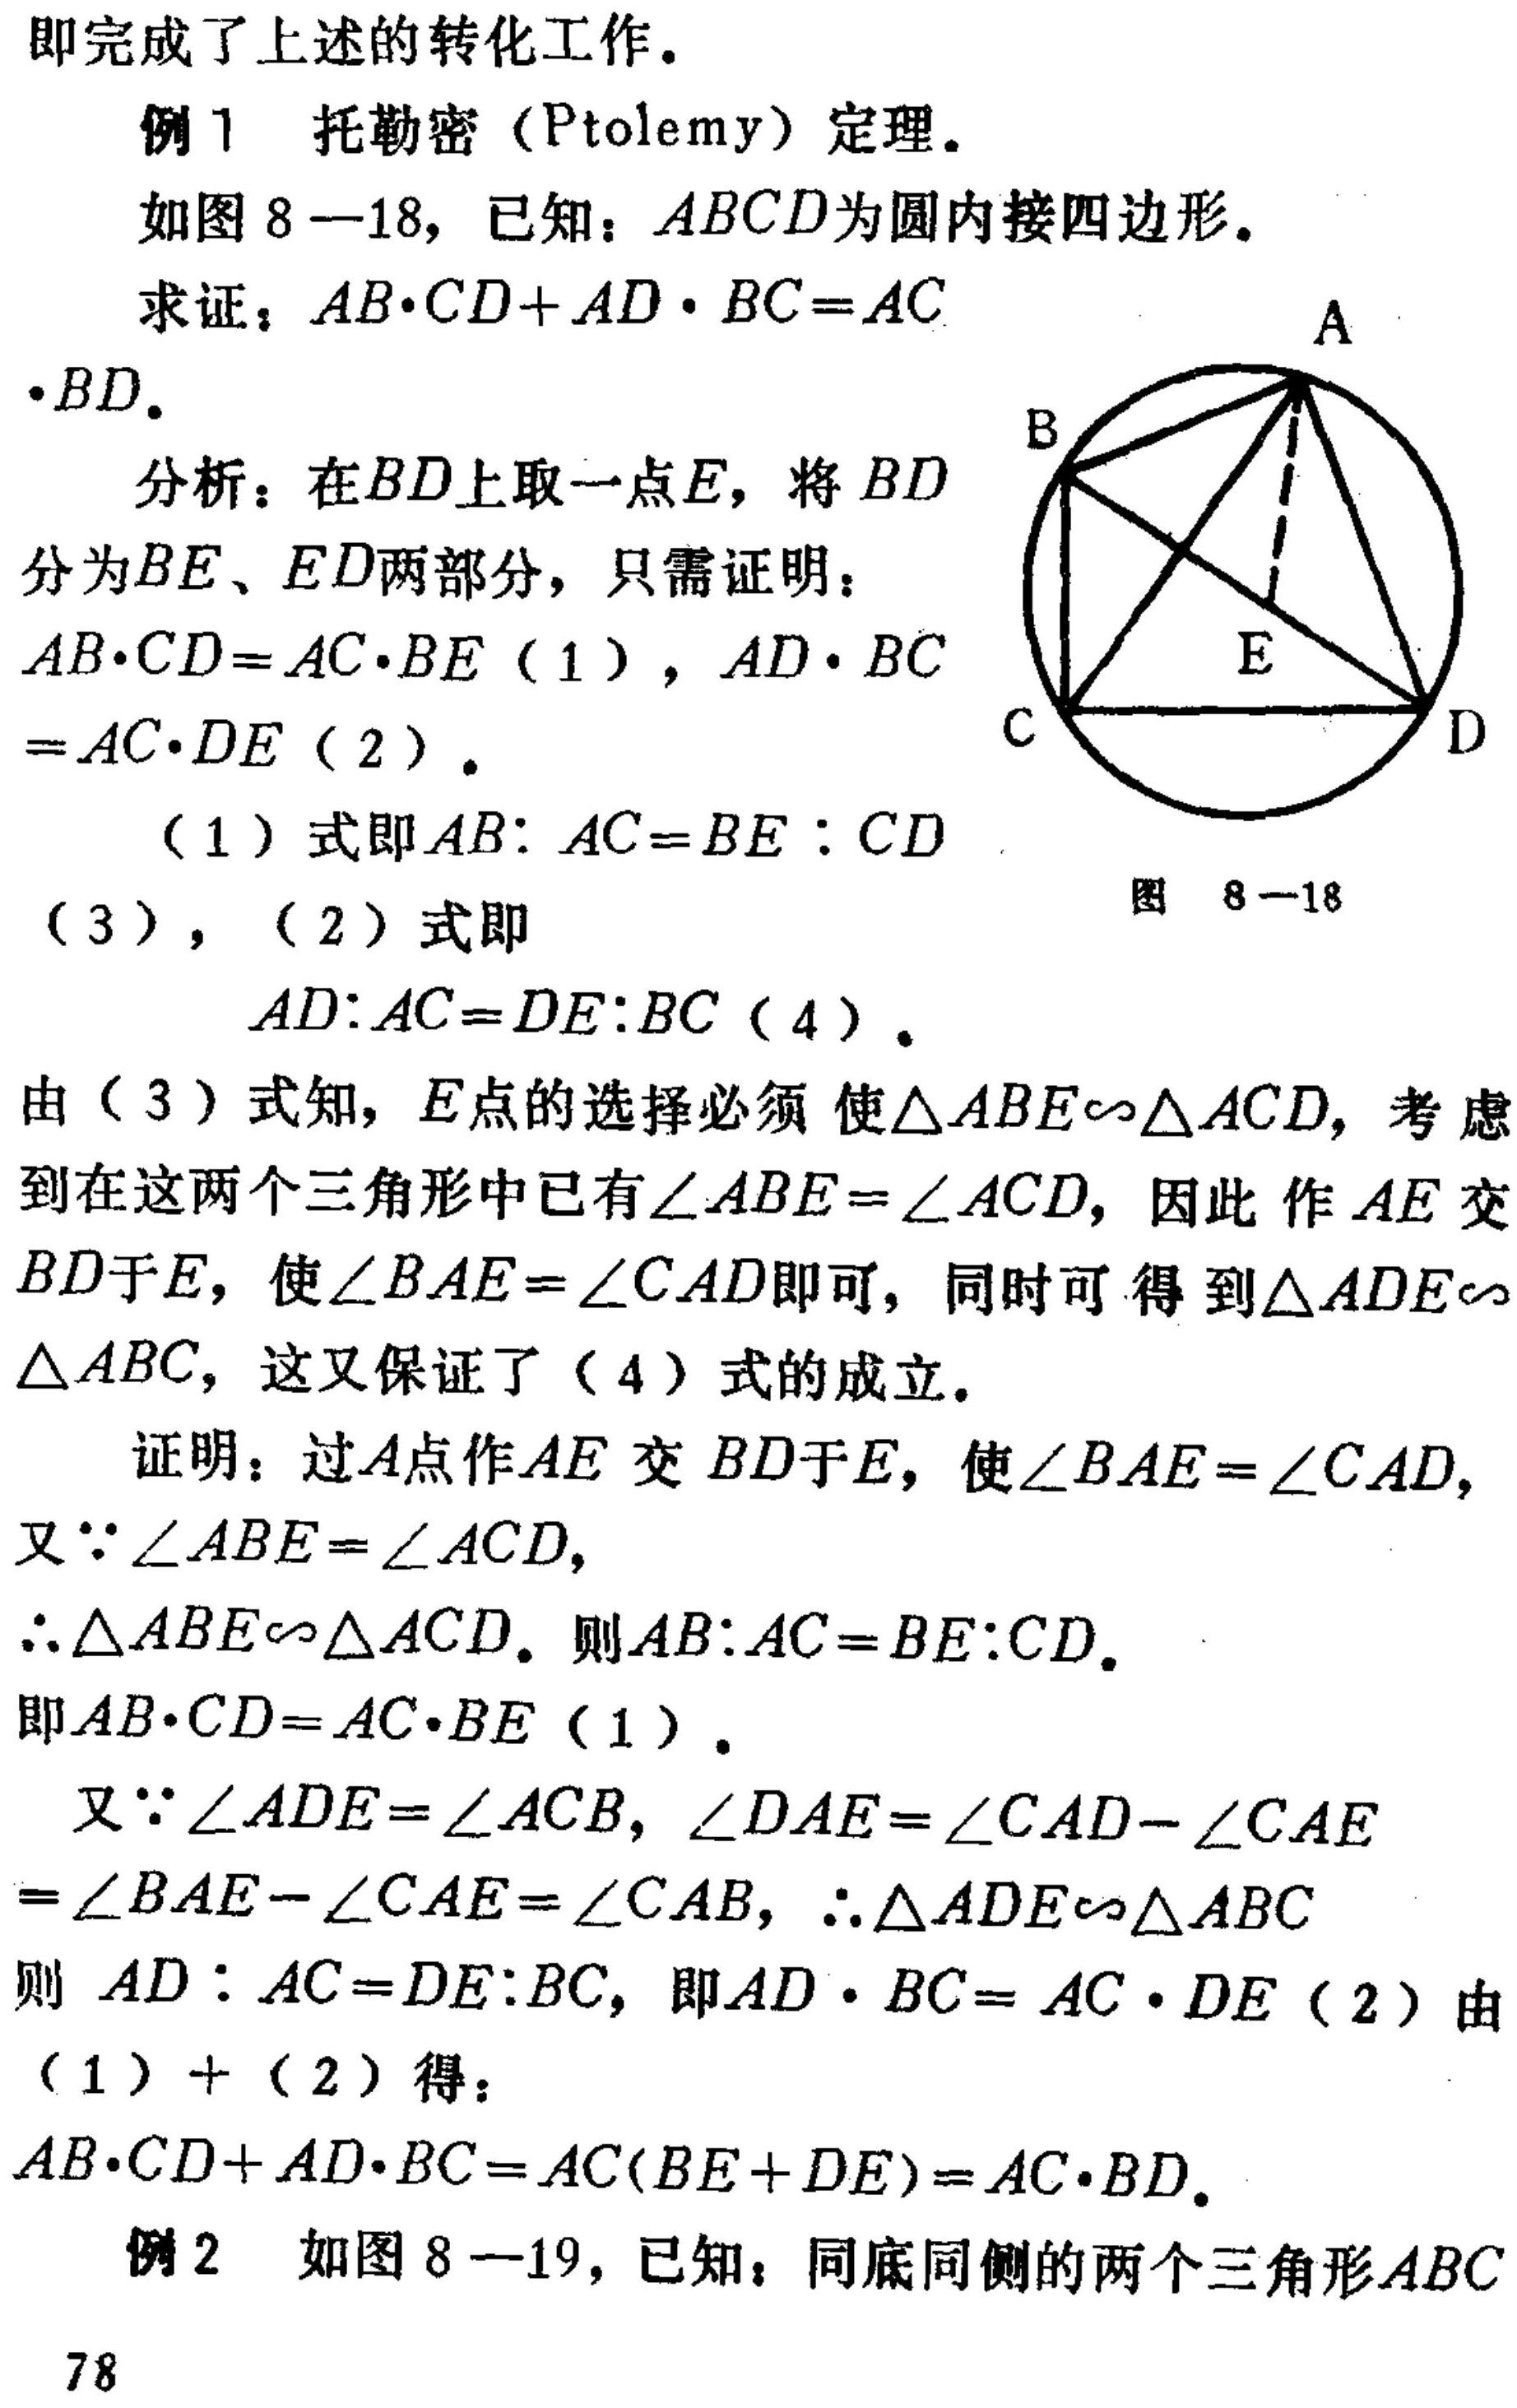
即完成了上述的转化工作。
例1 托勒密（Ptolemy）定理。
如图8—18，已知：\(ABCD\)为圆内接四边形。
求证：\(AB\cdot CD + AD\cdot BC = AC\cdot BD\)。
分析：在\(BD\)上取一点\(E\)，将\(BD\)分为\(BE\)、\(ED\)两部分，只需证明：\(AB\cdot CD = AC\cdot BE\)（1），\(AD\cdot BC = AC\cdot DE\)（2）。
（1）式即\(AB:AC = BE:CD\)（3），（2）式即
\(AD:AC = DE:BC\)（4）。
由（3）式知，\(E\)点的选择必须使\(\triangle ABE\sim\triangle ACD\)，考虑到在这两个三角形中已有\(\angle ABE = \angle ACD\)，因此作\(AE\)交\(BD\)于\(E\)，使\(\angle BAE = \angle CAD\)即可，同时可得到\(\triangle ADE\sim\triangle ABC\)，这又保证了（4）式的成立。
证明：过\(A\)点作\(AE\)交\(BD\)于\(E\)，使\(\angle BAE = \angle CAD\)，又\(\because\angle ABE = \angle ACD\)，\(\therefore\triangle ABE\sim\triangle ACD\)。则\(AB:AC = BE:CD\)。即\(AB\cdot CD = AC\cdot BE\)（1）。
又\(\because\angle ADE = \angle ACB\)，\(\angle DAE=\angle CAD - \angle CAE=\angle BAE - \angle CAE = \angle CAB\)，\(\therefore\triangle ADE\sim\triangle ABC\)则 \(AD:AC = DE:BC\)，即\(AD\cdot BC = AC\cdot DE\)（2）由（1）+（2）得：\(AB\cdot CD + AD\cdot BC = AC(BE + DE)=AC\cdot BD\)。
例2 如图8—19，已知：同底同侧的两个三角形\(ABC\)
78